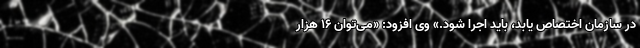
در سازمان اختصاص یابد، باید اجرا شود.» وی افزود: «می‌توان ۱۶ هزار